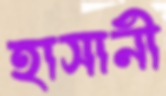
হাসানী